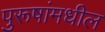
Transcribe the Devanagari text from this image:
पुरूषांमधील